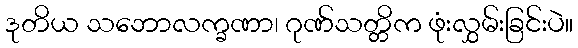
ဒုတိယ သဘောလက္ခဏာ၊ ဂုဏ်သတ္တိက ဖုံးလွှမ်းခြင်းပဲ။